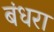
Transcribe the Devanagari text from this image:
बंधरा